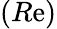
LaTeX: (R\mathrm{e})